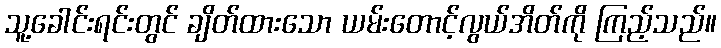
သူ့ခေါင်းရင်းတွင် ချိတ်ထားသော ယမ်းတောင့်လွယ်အိတ်ကို ကြည့်သည်။